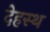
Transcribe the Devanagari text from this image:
देहस्थ